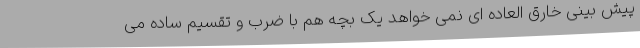
پیش بینی خارق العاده ای نمی خواهد یک بچه هم با ضرب و تقسیم ساده می